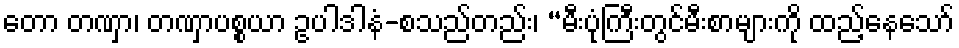
တော တဏှာ၊ တဏှာပစ္စယာ ဥပါဒါနံ-စသည်တည်း၊ “မီးပုံကြီးတွင်မီးစာများကို ထည့်နေသော်